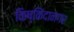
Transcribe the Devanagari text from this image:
किष्किंदानगर